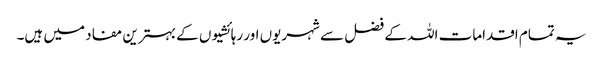
یہ تمام اقدامات اللہ کے فضل سے شہریوں اور رہائشیوں کے بہترین مفاد میں ہیں۔